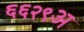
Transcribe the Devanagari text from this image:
६६२९अ